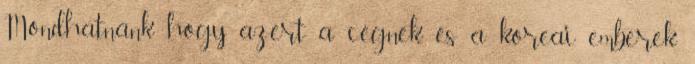
Mondhatnánk hogy azért a cégnek, és a koreai emberek